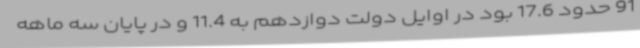
91 حدود 17.6 بود در اوایل دولت دوازدهم به 11.4 و در پایان سه ماهه